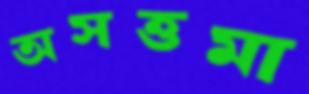
অসত্তমা